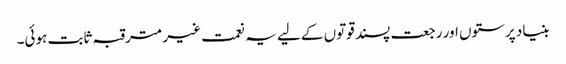
بنیاد پرستوں اور رجعت پسند قوتوں کے لیے یہ نعمت غیر مترقبہ ثابت ہوئی۔